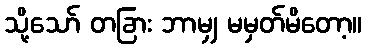
သို့သော် တခြား ဘာမျှ မမှတ်မိတော့။